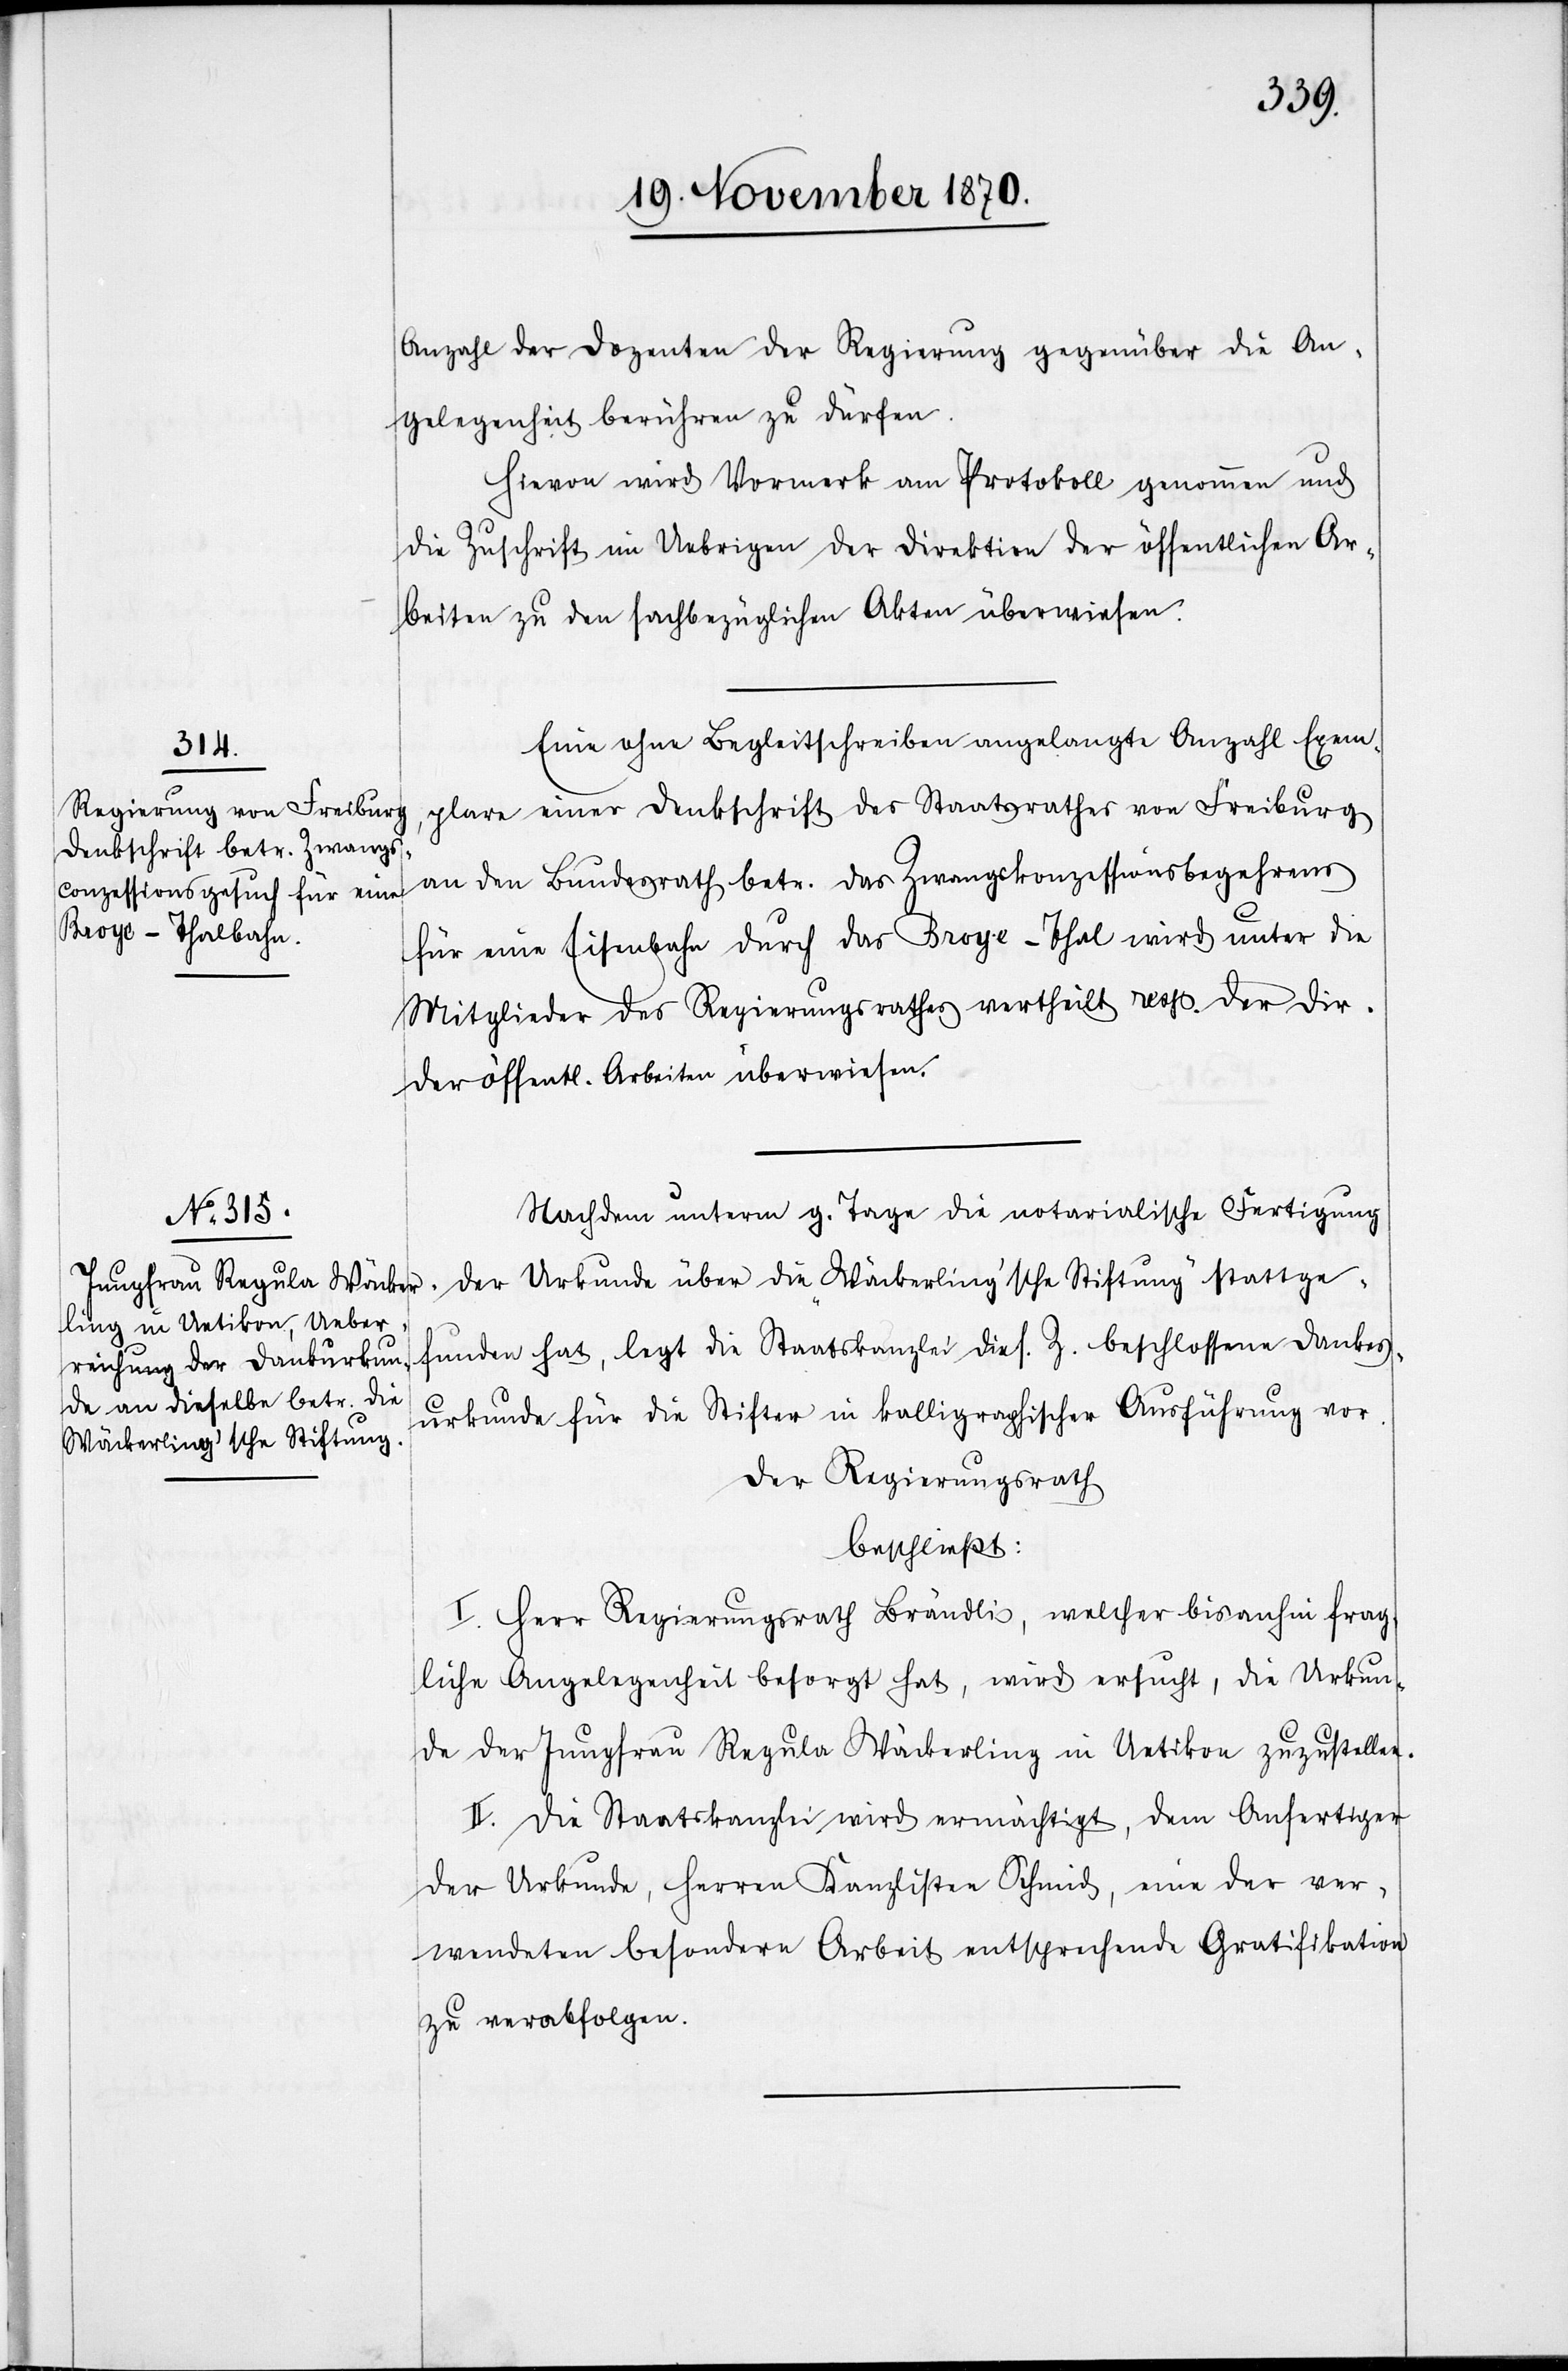
Anzahl der Dozenten der Regierung gegenüber die An¬
gelegenheit berühren zu dürfen.
Hievon wird Vormerk am Protokoll genommen und
die Zuschrift im Uebrigen der Direktion der öffentlichen Ar¬
beiten zu den sachbezüglichen Akten überwiesen.
Eine ohne Begleitschreiben angelangte Anzahl Exem¬
plare einer Denkschrift des Staatsrathes von Freiburg
an den Bundesrath betr. das Zwangskonzessionsbegehrens
für eine Eisenbahn durch das Broye-Thal wird unter die
Mitglieder des Regierungsrathes vertheilt resp. der Dir.
der öffentl. Arbeiten überwiesen.
Nachdem unterm g. Tage die notarialische Fertigung
der Urkunde über die „Wäckerling’sche Stiftung“ stattge¬
funden hat, legt die Staatskanzlei die s. Z. beschlossene Dankes¬
urkunde für die Stifter in kalligraphischer Ausführung vor.
Der Regierungsrath
beschließt:
I. Herr Regierungsrath Brändli, welcher bis anhin frag¬
liche Angelegenheit besorgt hat, wird ersucht, die Urkun¬
de der Jungfrau Regula Wäckerling in Uetikon zuzustellen.
II. Die Staatskanzlei wird ermächtigt, dem Anfertiger
der Urkunde, Herren Kanzlisten Schmid, eine der ver¬
wendeten besondern Arbeit entsprechende Gratifikation
zu verabfolgen.